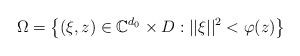
LaTeX: \begin{align*}\Omega=\left\{(\xi, z)\in \mathbb{C}^{d_{0}}\times D : ||\xi||^{2}<\varphi(z)\right\}\end{align*}